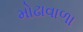
મોઢાવાળા